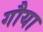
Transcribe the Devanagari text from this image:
गौया